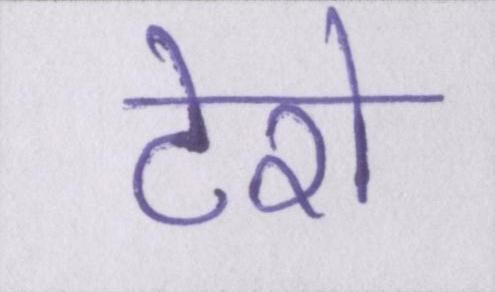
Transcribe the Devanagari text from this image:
टेरो